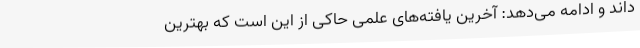
داند و ادامه می‌دهد: آخرین یافته‌های علمی حاکی از این است که بهترین